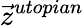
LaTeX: {\vec{z}}^{utopian}